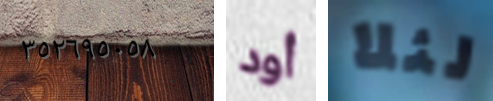
٣٥٢٦٩٥٠٥٨ أود لئلا